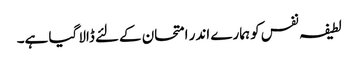
لطیفہ نفس کو ہمارے اندر امتحان کےلئے ڈالا گیا ہے۔